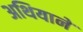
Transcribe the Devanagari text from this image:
अथियाने